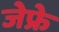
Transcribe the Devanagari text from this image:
जेफ्रे